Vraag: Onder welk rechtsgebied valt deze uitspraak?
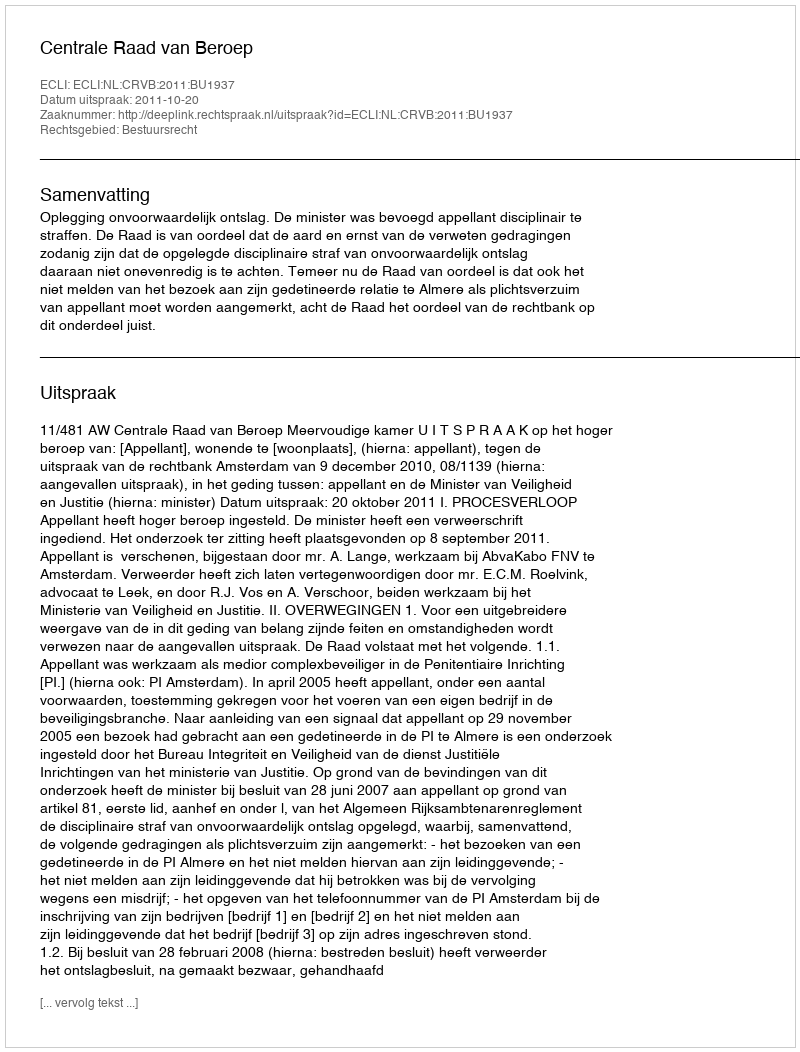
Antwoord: Bestuursrecht